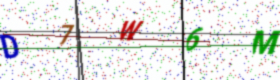
Text: D7W6M